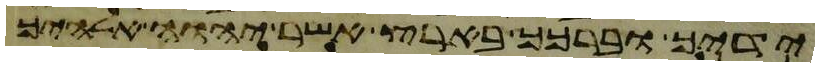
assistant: ידיך וברכך בארץ אשר יהוה אלהיך